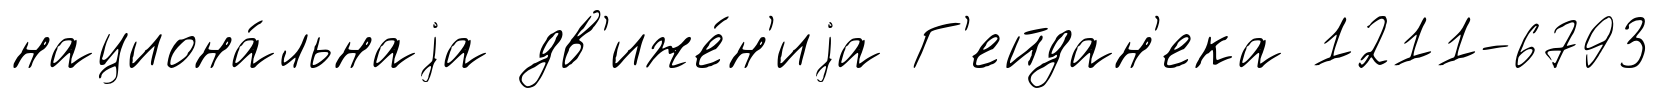
национа́льнаjа дв'иже́н'иjа Г'ейдан'ека 1211-6793